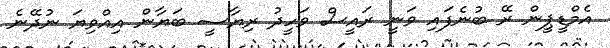
އެމްޑީޕީން ރޭ ބުނެފައި ވަނީ ރައީސް ވަހީދު ރިޔާސީ ބަޔާން އިއްވިޔަ ނުދޭނެ